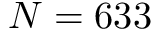
N = 6 3 3